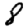
Digit: 8